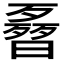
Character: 𣍌